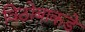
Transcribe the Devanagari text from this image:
विठोबाकडे